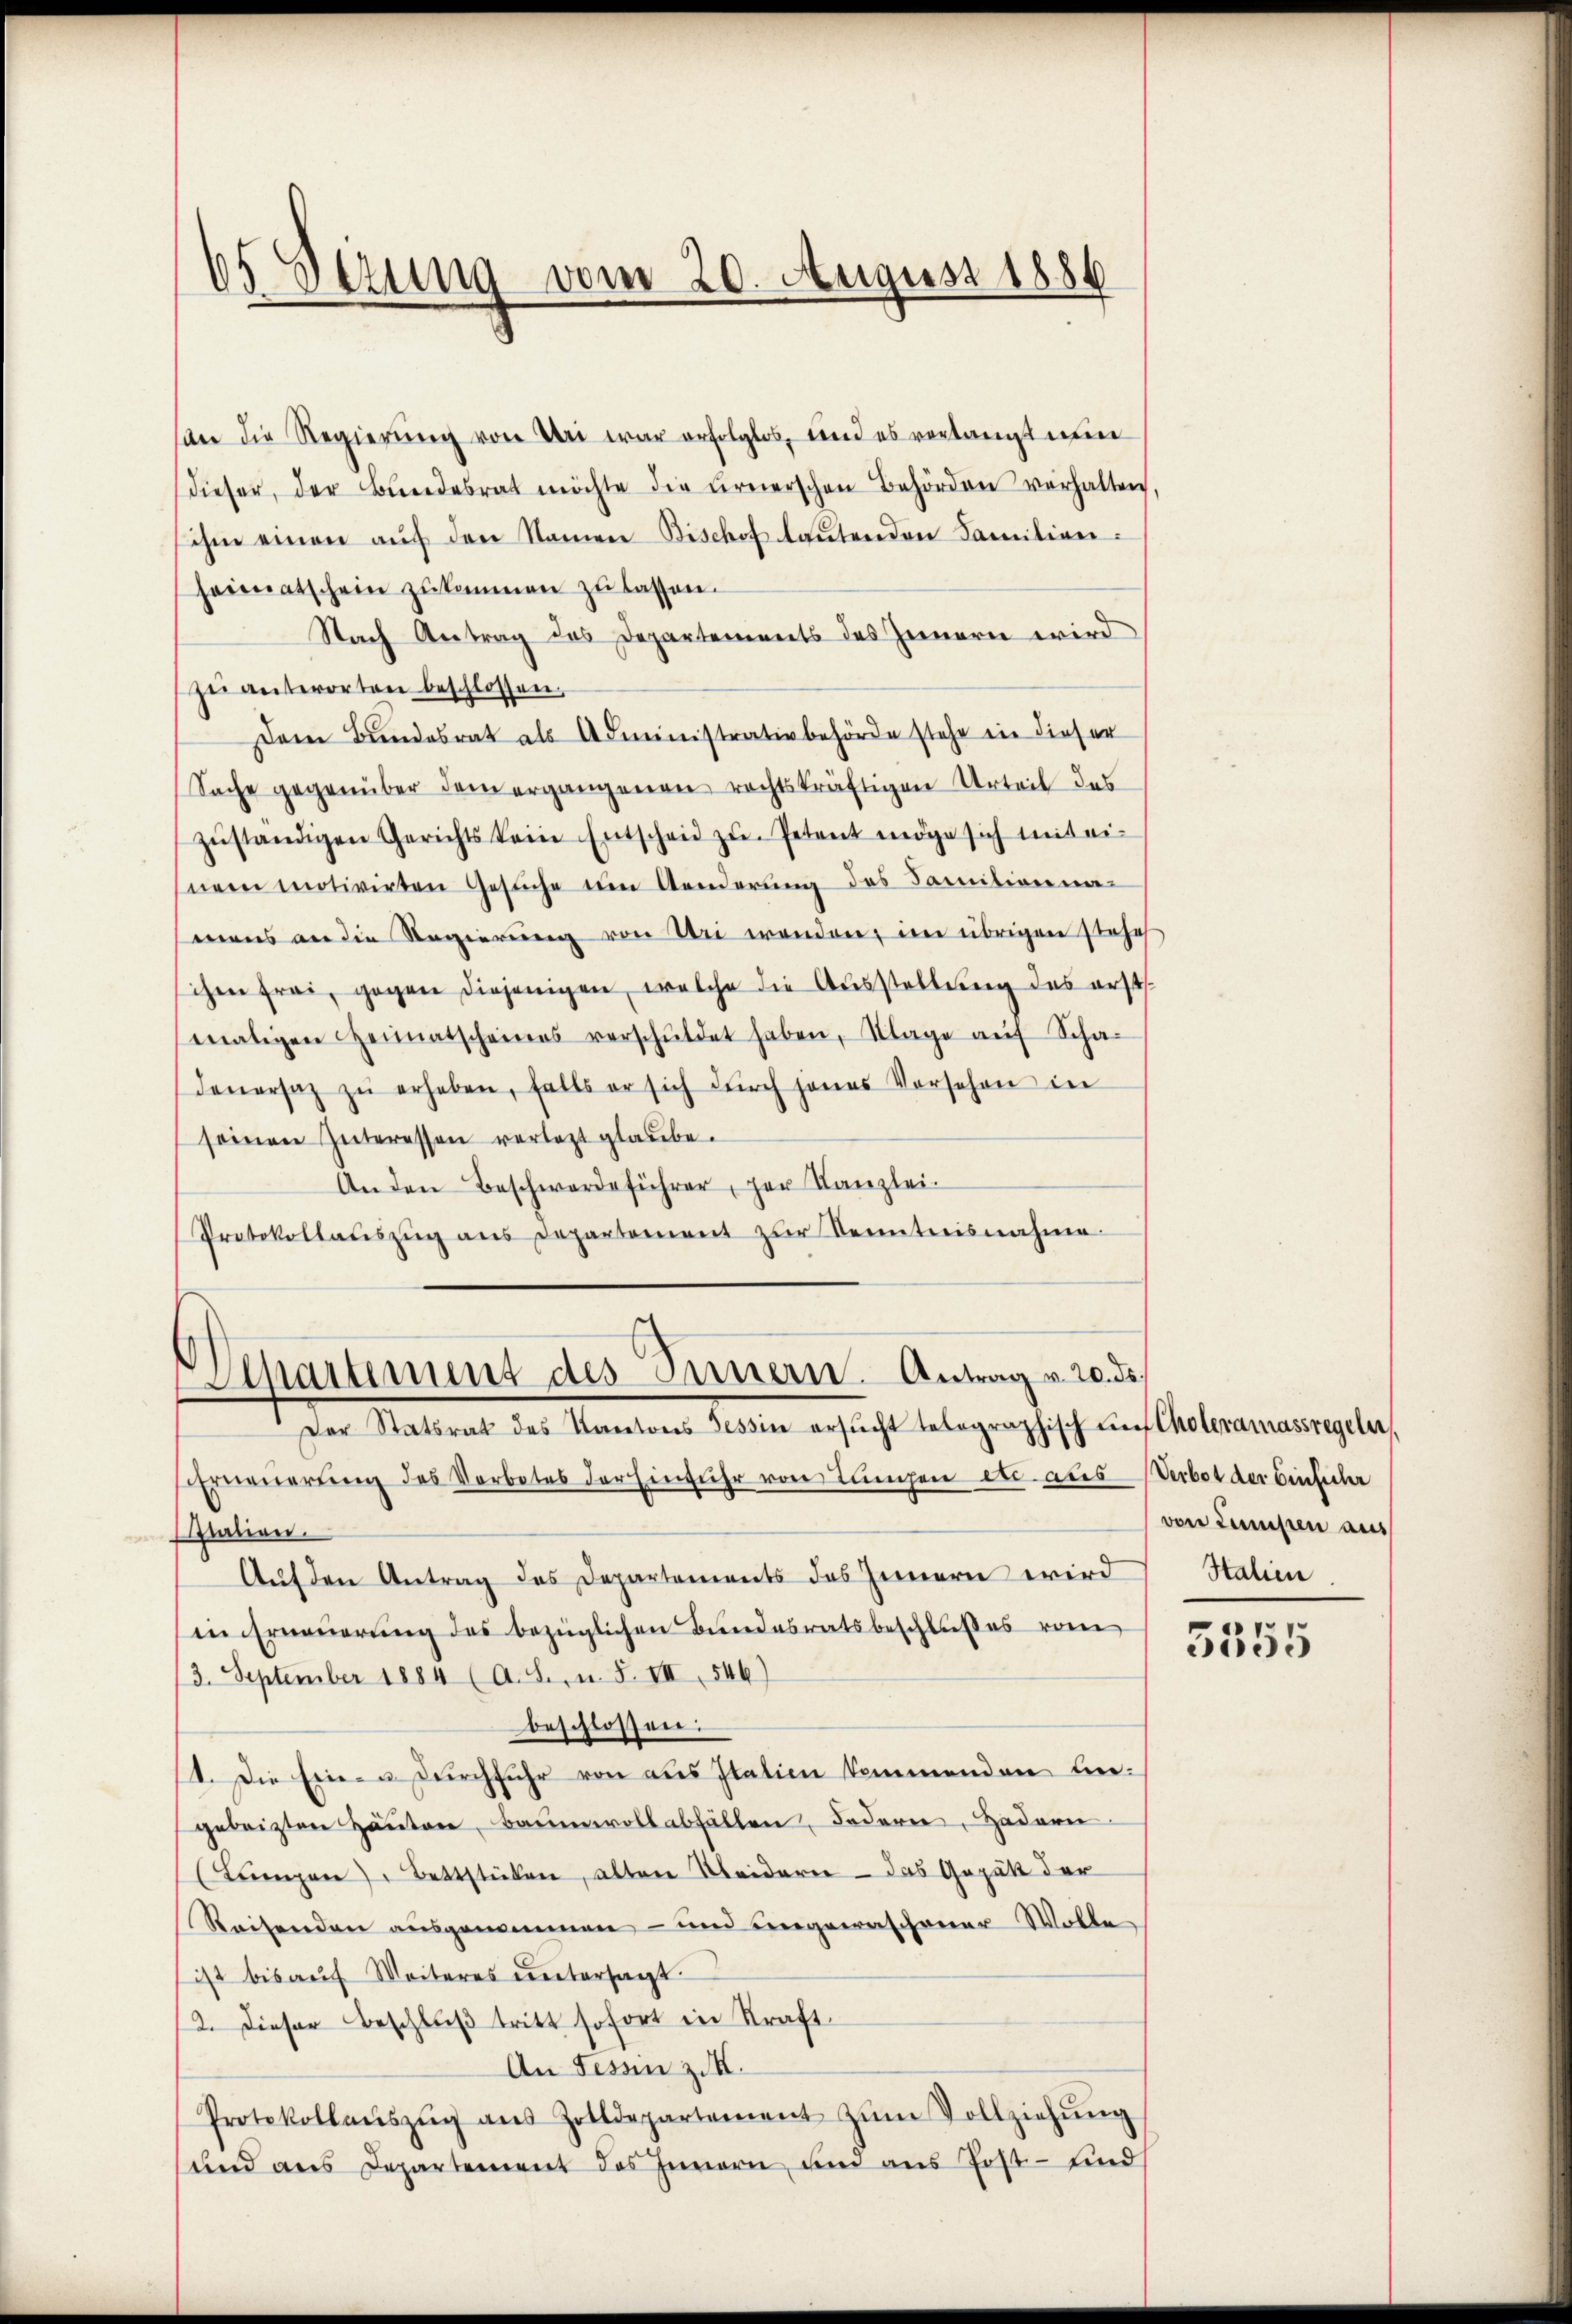
65 Sezung vom 20. August 1886

Liparument des Innern. Antrag v. 20. ds.
Der Statsrat des Kantons Tessin ersŭcht telegraphisch auf Choleramassregelu

an die Regierung von Uri war erfolglos, und es verlangt nun
dieser, der Bundesrat möchte die ernerschen Behörden verhalten,
ihm einen aŭf den Namen Bischof laŭtenden Familien-
heimatschein zukommen zu lassen.
Nach Antrag des Departements des Innern wird
zŭ anterorten beschlossen.
Dem Bundesrat als Administrativbehörde stehe in dieser
Sache gegenüber dem ergangenen rechtskräftigen Urteil des
zŭständigen Gerichts kein Entscheid zŭ Petent möge sich mit ei-
nem motivirten Gesuche um Aenderung des Sanitionna
mens an die Regierŭng von Uri wenden, im übrigen Jose
sichen frei, gegen diejenigen, welche die Ausstellung des erst
maligen Heimatscheines verschŭldet haben, Klage aŭf Scha-
Feŭersaz zŭ erheben, falls er sich dŭrch jenes Vorschen in
seinen Interessen verlegt glaube.
An den Beschwerdeführer, der Kanzlei.
Protokollaŭszŭg ans Departement zŭr Kenntnisnahme.

Erneŭerŭng des Verbotes der Einfuhr von Lungen etc aus Verbot der Einsicher
tation.
Auf den Antrag des Departements des Innern wird Stalien
in Erneuerung des bezüglichen Bundesratsbeschlußes vom
3. September 1884 (A.S., n. F. VII, 546)
beschlossen:
1. Die Ein- u. Durchfuhr von aus Italien kommenden Leigeleisten Haŭten, Baumwoll abfällen, Fodern, Hadern
Lanzen Bettstücken, alten Kleideren - das Gerät der
Reisenden ausgenommen - und ungewaschener Wolle
ist bis auf Weiteres untersagt
2. Dieser Beschlŭβ tritt sofort in Kraft.
An Fessen z. B.
Protokollaŭszŭg aŭs Zolldepartement zŭm Vollziehŭng
und ans Departement des Innern und ans Post- und

von Lumpen aus

3355